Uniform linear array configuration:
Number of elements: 12
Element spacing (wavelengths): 1
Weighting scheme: hamming
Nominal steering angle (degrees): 60
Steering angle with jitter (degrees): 61.766
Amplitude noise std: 0.05
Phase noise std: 0.05

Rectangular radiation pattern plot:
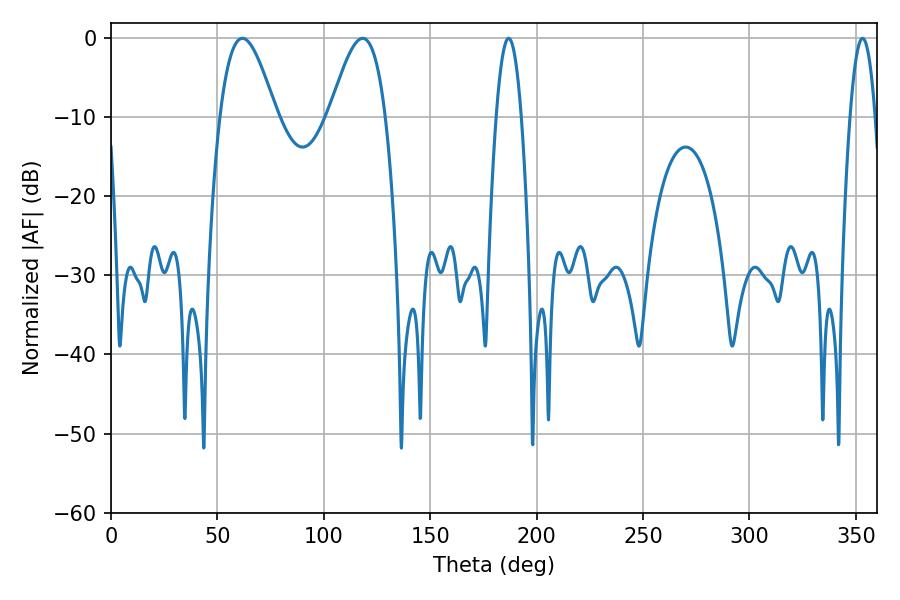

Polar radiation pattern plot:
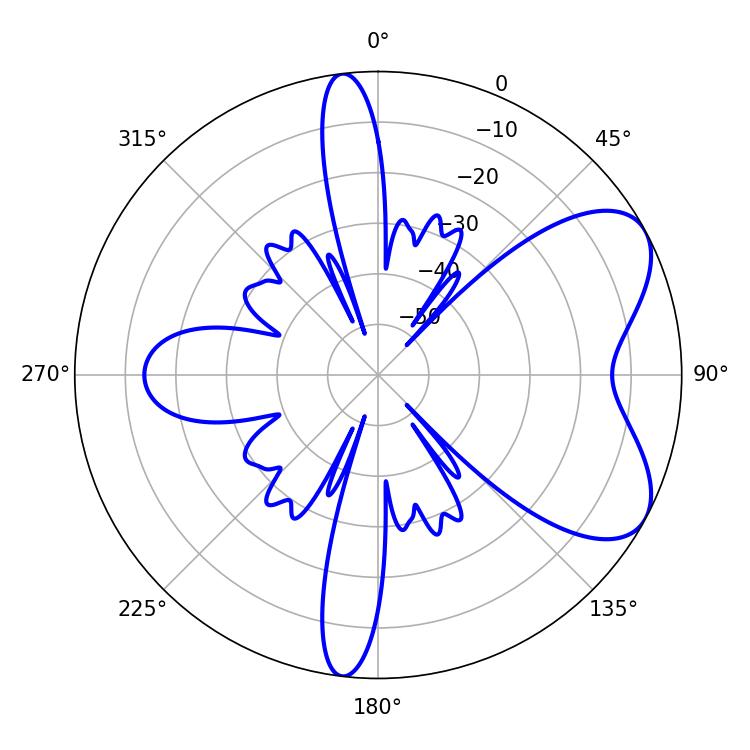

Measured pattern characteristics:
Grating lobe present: TRUE
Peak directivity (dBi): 6.424
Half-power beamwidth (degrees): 14.22
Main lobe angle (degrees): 61.74